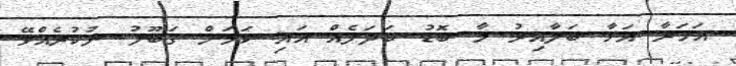
އަހަރާ އަޅާ ބަލާއިރު މާ ބޮޑު ބަދަލެއް އައި ކަމަށް ގަބޫލު ނުކުރެއްވޭ